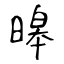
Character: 暤